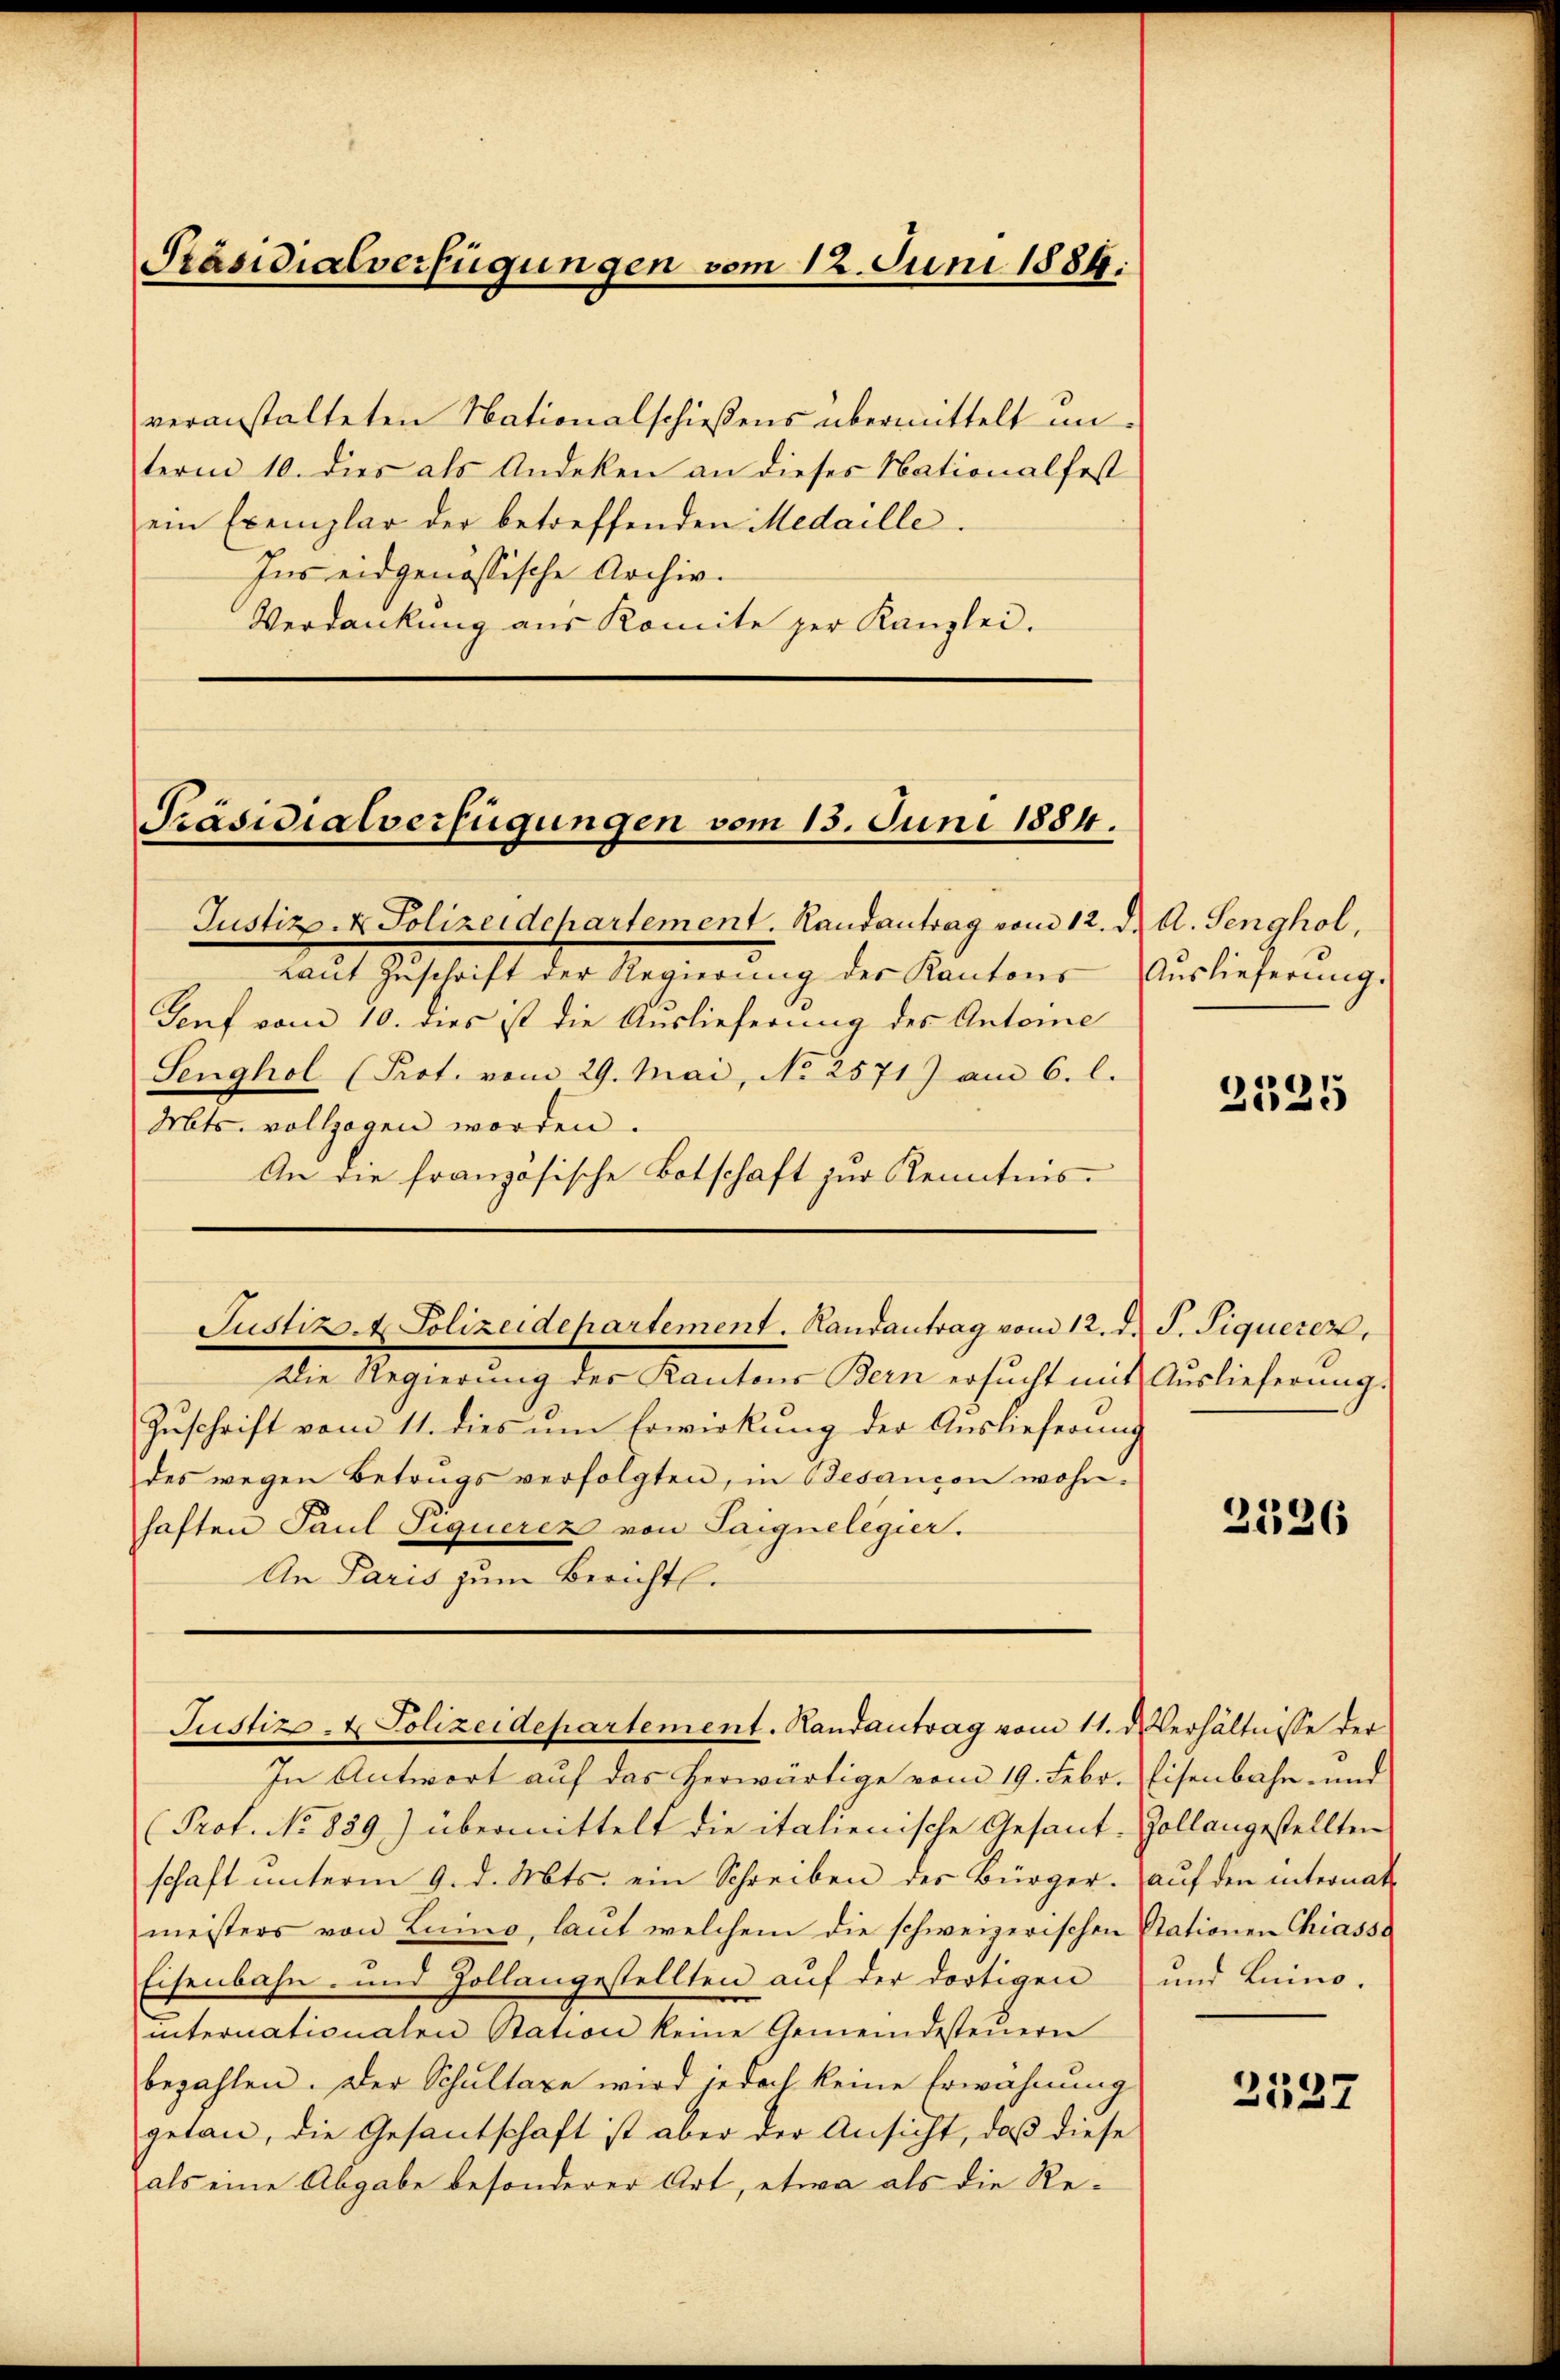
Präsidialverfügungen vom 12. Juni 1889.

veranstalteten Nationalschießens übermittelt unterm 10. dies als Andeken an dieses Nationalfest
ein Exemplar der betreffenden Medaille.
Ins eidgenössische Archiv.
Verdankung aus Komite zur Kanzlei.

Präsidialverfügungen vom 15. Juni 1884.

Justiz- & Polizeidepartement. Randantrag vom 12. d. A. Senghol,
Laut Zuschrift der Regierung des Kantons
Genf vom 10. dies ist die Auslieferung des Antone
Senghol (Prot. vom 29. Mai, No 2571) am 6. l.
Mts. vollzogen worden.
An die französische Botschaft zur Kenntnis-

Justiz- & Polizeidepartement. Randantrag vom 12. d. J. Siquerer,

Justiz- & Polizeidepartement. Landantrag vom 11. d. Verhältnisse der

Die Regierung des Kantons Bern ersŭcht mit Auslieferung.
Zuschrift vom 11. dies um Erwirkung der Auslieferung
des wegen Betrugs verfolgten, in Besancen wohn-
haften Paul Piquerer von Saignelegier.
An Paris zum Berichtl.

In Antwort auf das herwärtige vom 19. Febr. Eisenbahn- und
Prof. No 859.) übermittelt die italienische Gesant-Zollangestellten
schaft unterm 9. d. Mts. ein Schreiben des Bürger. auf den internat
meisters von Luino, laut welchem die schweizerischen Stationen Chiasso
Eisenbahn- und Zollangestellten auf der dortigen und Luino-
internationalen Station keine Gemeindesteŭern
bezahlen. Der Schultaxe wird jedoch keine Erwähnung
getan, die Gesantschaft ist aber der Ansicht, daß diese
als eine Abgabe besonderer Art, etwa als die Re¬

Auslieferung.

2525

2526

2527